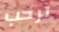
ترحب